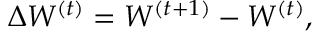
\Delta W ^ { ( t ) } = W ^ { ( t + 1 ) } - W ^ { ( t ) } ,